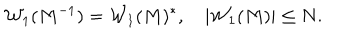
{ \cal W } _ { 1 } ( M ^ { - 1 } ) = { \cal W } _ { 1 } ( M ) ^ { * } , \quad | { \cal W } _ { 1 } ( M ) | \leq N .